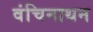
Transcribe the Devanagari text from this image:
वंचिनाथन